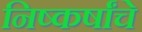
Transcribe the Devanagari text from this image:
निष्कर्षांचे